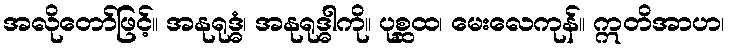
အလိုတော်ဖြင့်။ အနုရုဒ္ဓံ၊ အနုရုဒ္ဓါကို။ ပုစ္ဆထ၊ မေးလေကုန်။ ဣတိအာဟ၊